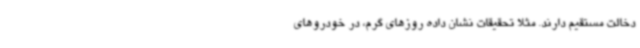
دخالت مستقیم دارند. مثلا تحقیقات نشان داده روزهای گرم، در خودروهای